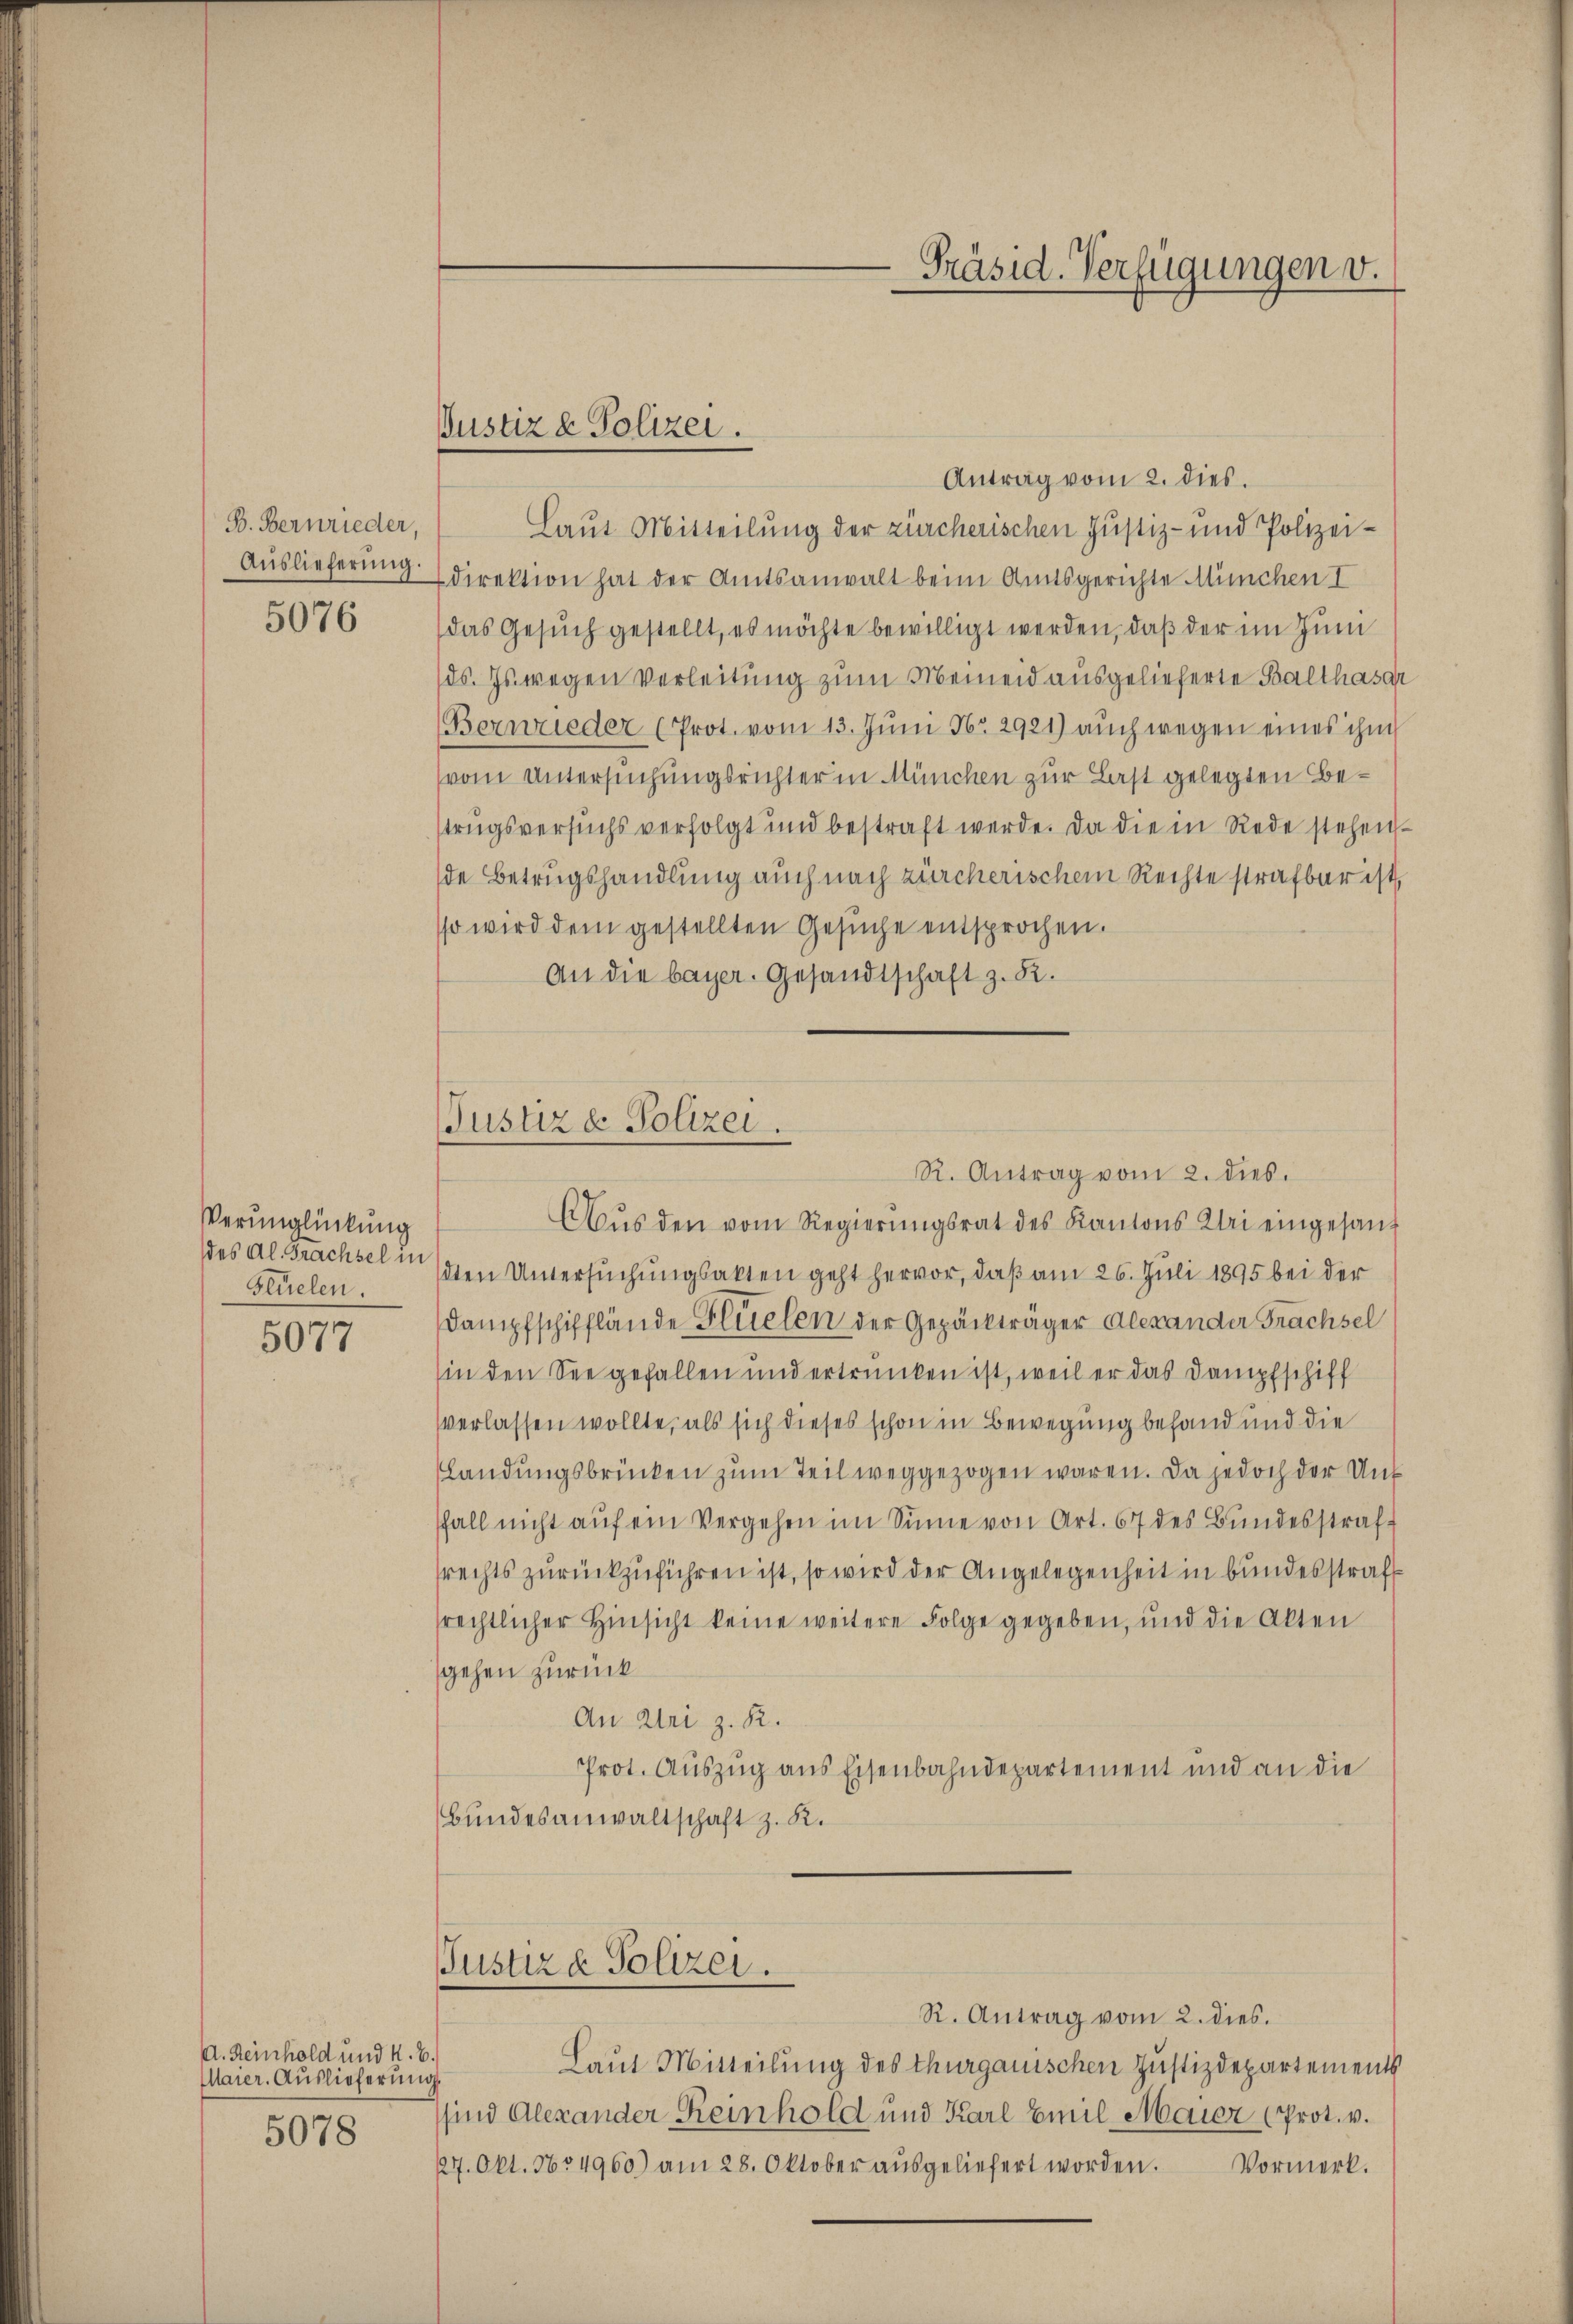
B. Bernrieder,
Auslieferung.

5076

Verunglückung
des Al. Brachsel in
Stüelen.

5077

A. Heinhold und K. B.
Maier. Auslieferung
5078

Antrag vom 2. dies.
Laut Mitteilung der zürcherischen Justiz- und Polizeidirektion hat der Amtsanwalt beim Amtsgerichte München I
das Gesuch gestellt, es möchte bewilligt werden, daß der im Zum
(ds. Es wegen verleitung zum Meineid ausgelieferte Balthasar
Berwieder (Prot. vom 13. Juni No 2921) auch wegen eines ihm
(vom Untersuchungsrichter in München zur Last gelegten Betrugsversuchs verfolgt und bestraft werde. Da die in Rede stehen-
de Betrugshandlung auch nach zürcherischem Rechte strafbar ist,
sso wird dem gestellten Gesuche entsprochen.
An die bayer. Gesandtschaft z. R.

Justiz & Polizei.

Justiz & Polizei.
Aŭs den vom Regierŭngsrat des Kantons Klei eingesand

dten Untersuchungsakten geht hervor, daß am 26. Juli 1895 bei der
Dampfschifflände Flüelen der Gepäckträger Alexander Trachsel
(in den See gefallen und ertrunken ist, weil er das Dampfschiff
verlassen wollte, als sich dieses schon in Bewegung befand und die
Landungsbrücken zum Teil weggezogen waren. Da jedoch der Unt
fall nicht auf ein Vergehen im Sinne von Art. 67 des Bundesstraf
srechts zurückzuführen ist, so wird der Angelegenheit in bundesstraf
srechtlicher Hinsicht keine weitere Folge gegeben, und die Akten
gehen zurück
An Uri z. R.
Prot. Auszug aus Eisenbahndepartement und an die
Bundesanwaltschaft z. K.

Justiz & Polizei.

Präsid. Verfügungen v.

R. Antrag vom 2. dies.

R. Antrag vom 2. dies.
Laut Mitteilung des Thurgauischen Justizdepartements
sind Alexander Reinhold und Karl Emil Maier (Prot. v.
227. Okt. 1634960) am 28. Oktober aŭsgeliefert worden. Vormerk-